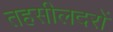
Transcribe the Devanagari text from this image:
तहसीलदरों